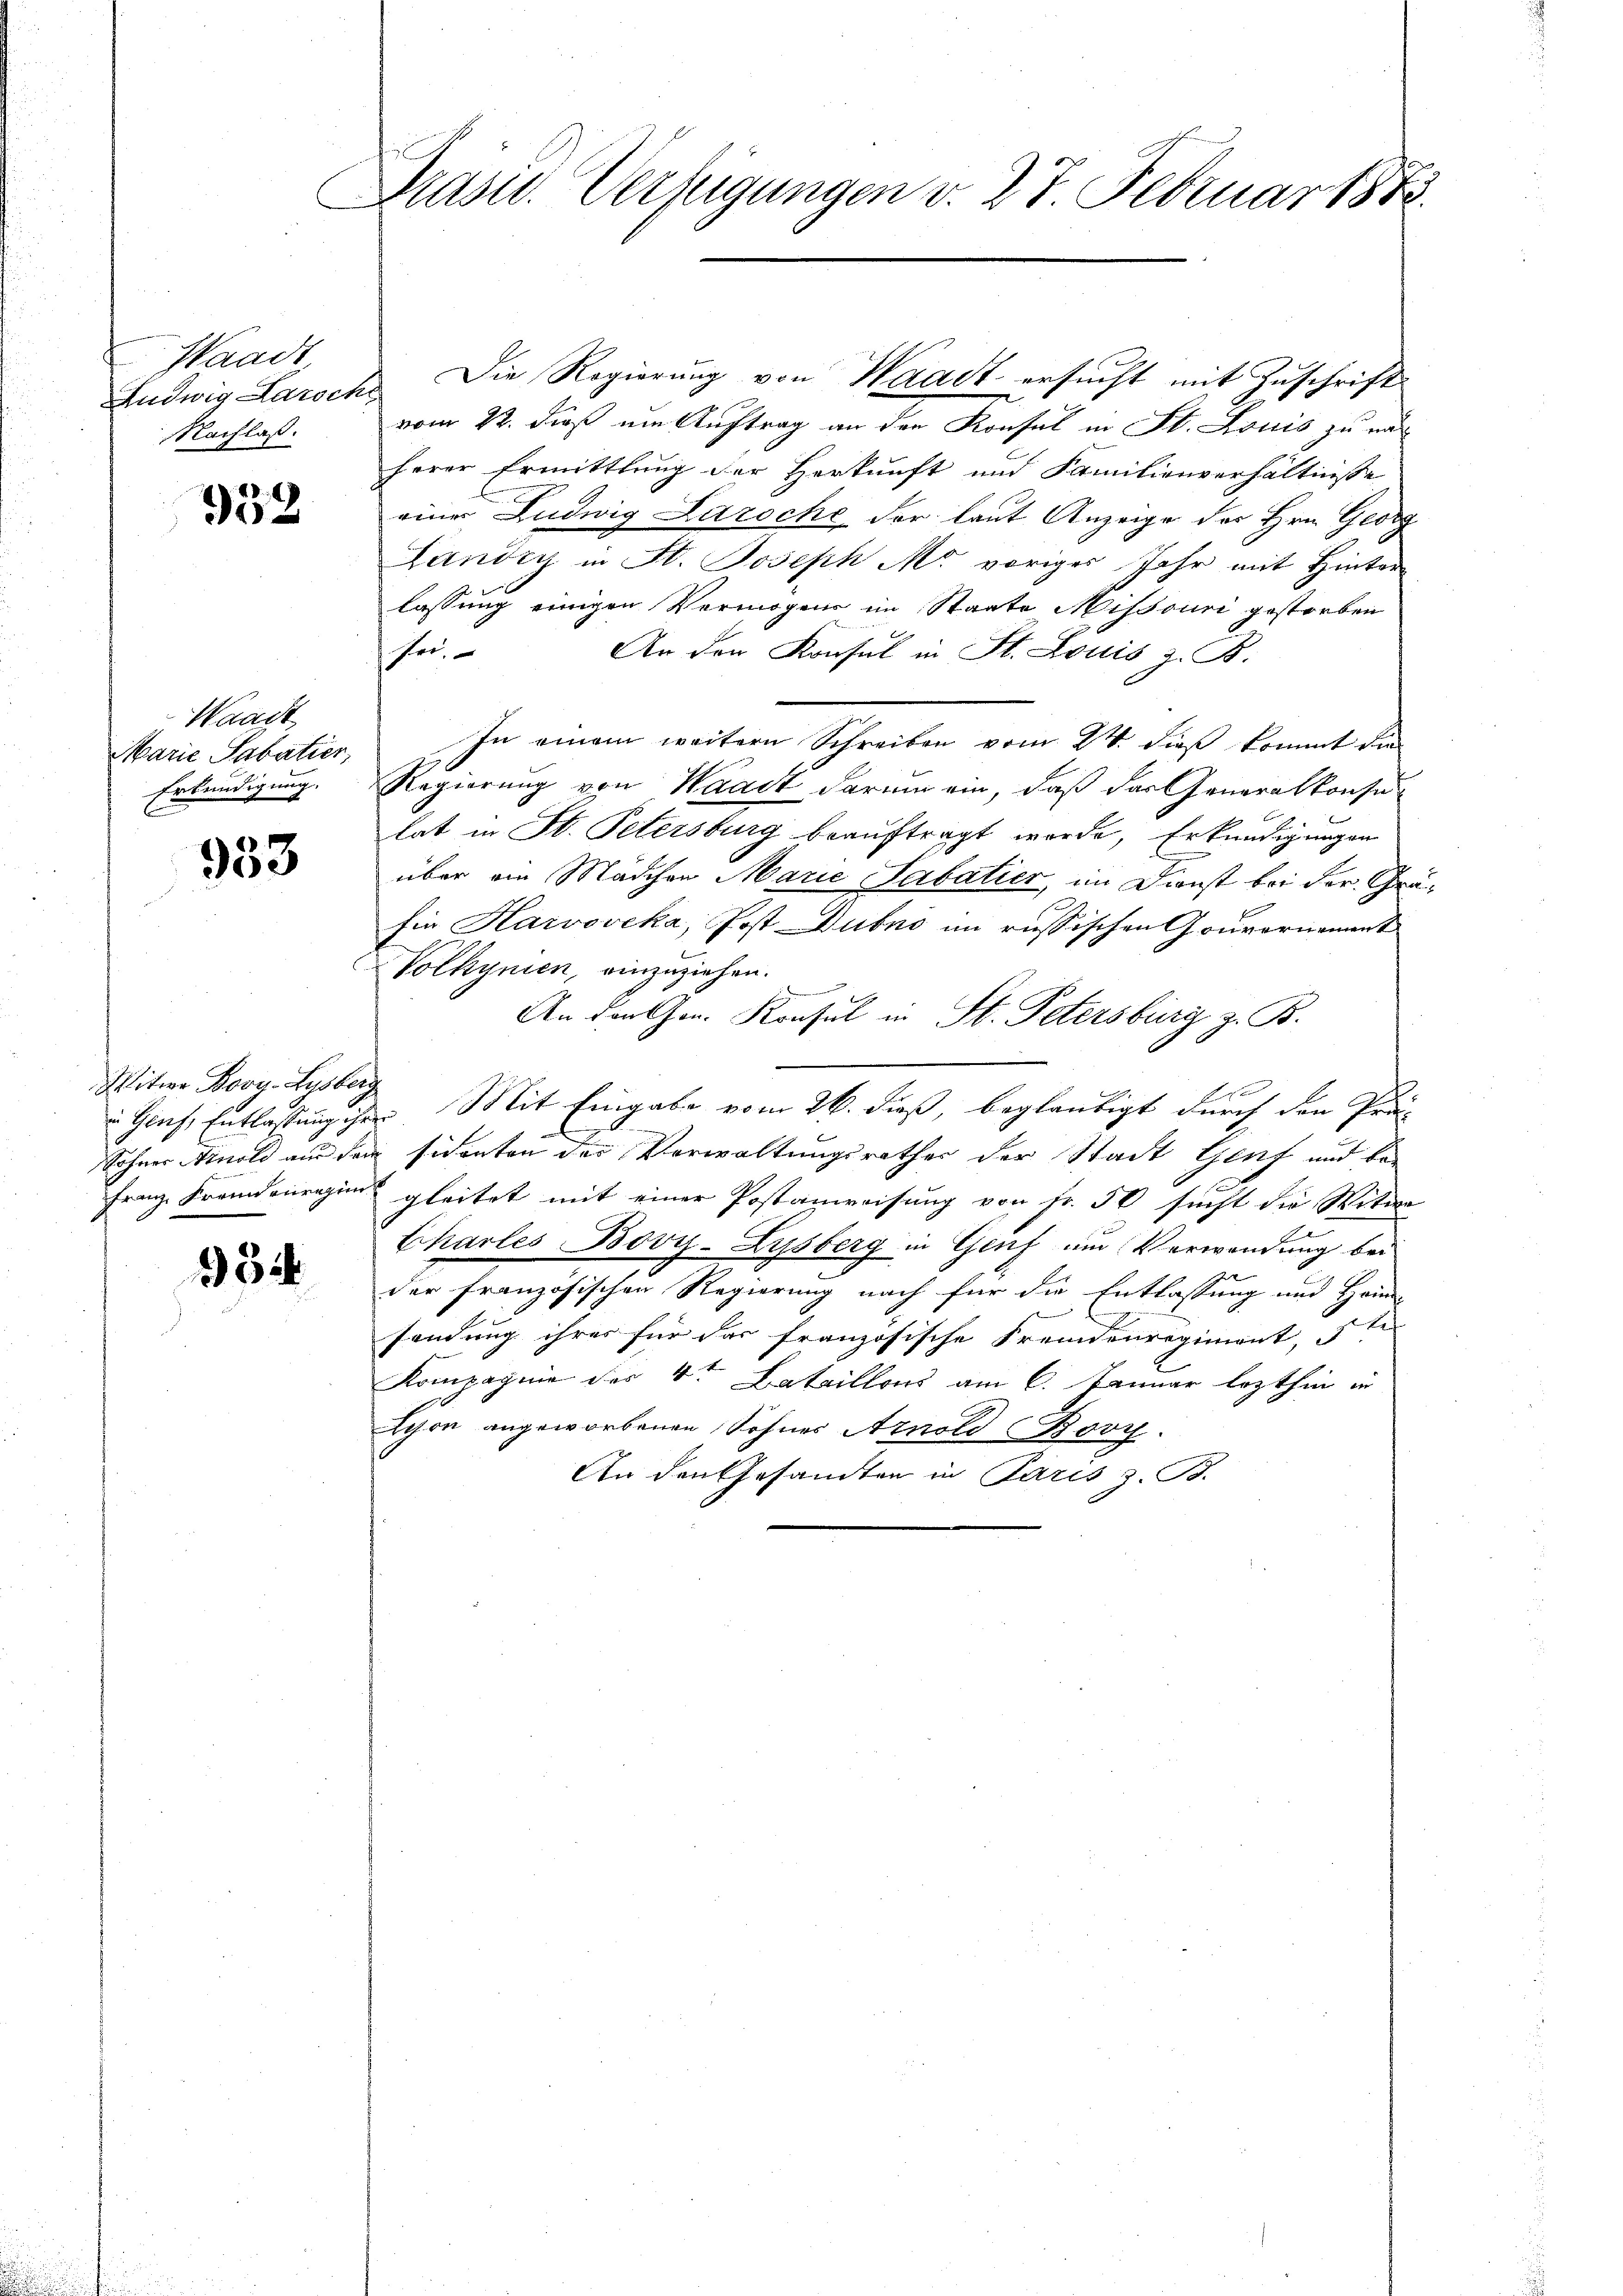
Waadt
Ludwig Laroch
Nachlaß.

933

Waadt
Marie Sabatier,
Erkundigung.

933

Witwe Bovy-Lysberg
Franz Fremdenregie

98i

Präsid. Verfügungen v. 27 Februar 1888.

Die Regierung von Waadt ersucht mit Zuschrift
vom 22. dieß um Auftrag an den Konsul in St. Louis zu na
herer Ermittlung der Herkunft und Familienverhältnisse
einer Ludwig Laroche der laut Anzeige des Hrn. Georg
Landig in St. Joseph M. voriges Jahr mit Hinter

lassung einigen Vermögens im Staate Missouri gestorben
sei.
An den Konsul in St. Louis z. B.
In einem weitern Schreiben vom 24. dieß kommt die
Regierung von Waadt darum ein, daß das Generalkonsu
lat in St. Petersburg beauftragt werde, Erkundigungen
über ein Mädchen Marie Sabatier, im Dienst bei der Gräfür Harvoveka, Post Dubno an russischen Gouvernament
Volkynien einzuziehen.
An den Gen. Konsul in St. Petersburg z. B.
Glus, Entlassung ihre Mit Eingabe vom 26. dieß, beglaubigt durch den Prä
Sohner Arnold aus dem sidenten der Verwaltungsrathes der Stadt Genf und begleitet mit einer Postanweisung von Fr. 50 sucht die Witwe
Charles Bovy-Lysberg in Genf um Verwendung bei
der französischen Regierung nach für die Entlassung und Heim-
sendung ihres für das französische Fremdenregiment,
Kompagnie der 4ten Bataillons am 6. Januar lezthin in
Schon angeworbenen Sohnes Arnold Bovy.
An den Gesamten in Paris z. B.